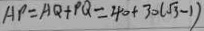
A P = A Q + P Q = 4 0 + 3 0 ( \sqrt { 3 } - 1 )